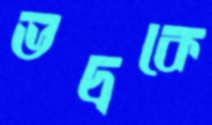
ভদ্রকে